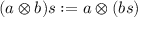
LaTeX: ( a \otimes b ) s : = a \otimes ( b s )